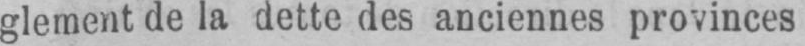
glement de la dette des anciennes provinces